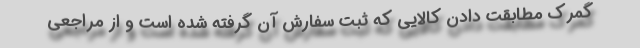
گمرک مطابقت دادن کالایی که ثبت سفارش آن گرفته شده است و از مراجعی